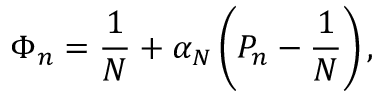
\Phi _ { n } = { \frac { 1 } { N } } + \alpha _ { N } \left( P _ { n } - { \frac { 1 } { N } } \right) ,